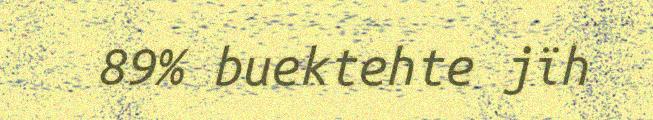
89% buektehte jïh